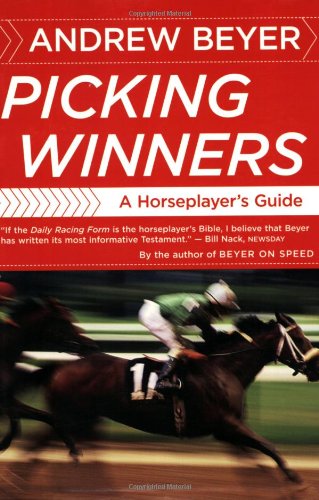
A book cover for Picking Winners: A Horseplayer's Guide; Andrew Beyer; Humor & Entertainment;